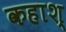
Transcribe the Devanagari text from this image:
कहाश्